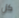
كل